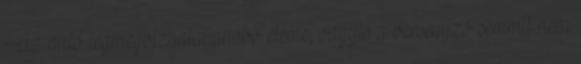
Az autó legmegbízhatatlanabb eleme, vagyis a versenyző semmit nem